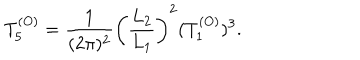
T _ { 5 } ^ { ( O ) } = { \frac { 1 } { ( 2 \pi ) ^ { 2 } } } \left( { \frac { L _ { 2 } } { L _ { 1 } } } \right) ^ { 2 } ( T _ { 1 } ^ { ( O ) } ) ^ { 3 } .